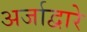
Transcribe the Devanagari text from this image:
अर्जाद्वारे